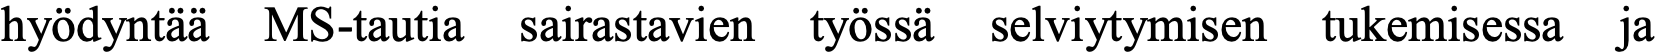
hyödyntää MS-tautia sairastavien työssä selviytymisen tukemisessa ja